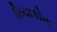
મિયાકોના